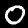
Label: 0